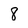
Character: 8